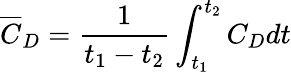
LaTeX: \overline{{C}}_{D}=\frac{1}{t_{1}-t_{2}}\int_{t_{1}}^{t_{2}}{C}_{D}dt